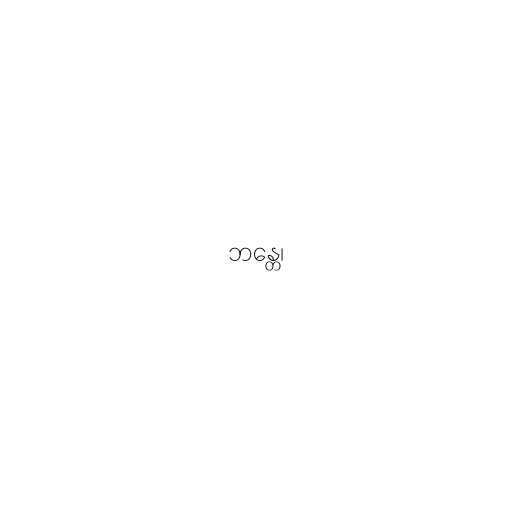
ဘန္တေ၊